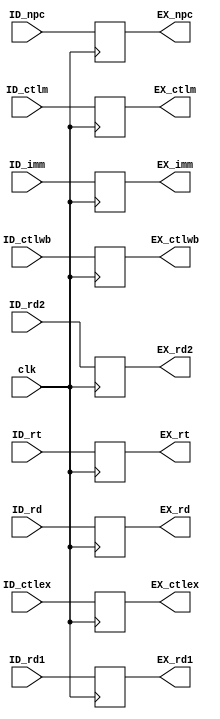
`ifndef _id_ex_v_
`define _id_ex_v_
`endif

module id_ex(clk,
      ID_ctlwb, ID_ctlm, ID_ctlex, ID_npc, ID_rd1, ID_rd2, ID_imm, ID_rt, ID_rd,
      EX_ctlwb, EX_ctlm, EX_ctlex, EX_npc, EX_rd1, EX_rd2, EX_imm, EX_rt, EX_rd
      );

  input wire clk;
  
  input wire [1:0] ID_ctlwb;
  input wire [2:0] ID_ctlm;
  input wire [3:0] ID_ctlex;
  input wire [31:0] ID_npc, ID_rd1, ID_rd2, ID_imm;
  input wire [4:0] ID_rt, ID_rd;

  output reg [1:0] EX_ctlwb;
  output reg [2:0] EX_ctlm;
  output reg [3:0] EX_ctlex;
  output reg [31:0] EX_npc, EX_rd1, EX_rd2, EX_imm;
  output reg [4:0] EX_rt, EX_rd;
  
  initial begin
    EX_ctlwb <= 0;
    EX_ctlm <= 0;
    EX_ctlex <= 0;
  end
  
  always @(posedge clk) begin
    EX_ctlwb <= ID_ctlwb;
    EX_ctlm  <= ID_ctlm;
    EX_ctlex <= ID_ctlex;
    EX_npc   <= ID_npc;
    EX_rd1   <= ID_rd1;
    EX_rd2   <= ID_rd2;
    EX_imm   <= ID_imm;
    EX_rt    <= ID_rt;
    EX_rd    <= ID_rd;
  end

endmodule